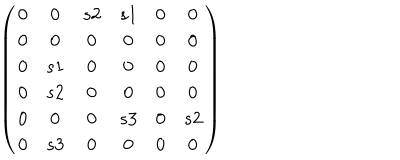
LaTeX: \left( \begin{matrix} { { 0 } } & { { 0 } } & { { s 2 } } & { { s 1 } } & { { 0 } } & { { 0 } } \\ { { 0 } } & { { 0 } } & { { 0 } } & { { 0 } } & { { 0 } } & { { 0 } } \\ { { 0 } } & { { s 1 } } & { { 0 } } & { { 0 } } & { { 0 } } & { { 0 } } \\ { { 0 } } & { { s 2 } } & { { 0 } } & { { 0 } } & { { 0 } } & { { 0 } } \\ { { 0 } } & { { 0 } } & { { 0 } } & { { s 3 } } & { { 0 } } & { { s 2 } } \\ { { 0 } } & { { s 3 } } & { { 0 } } & { { 0 } } & { { 0 } } & { { 0 } } \\ \end{matrix} \right)